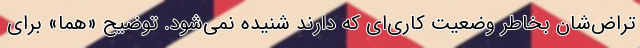
تراض‌شان بخاطر وضعیت کاری‌ای که دارند شنیده نمی‌شود. توضیح «هما» برای